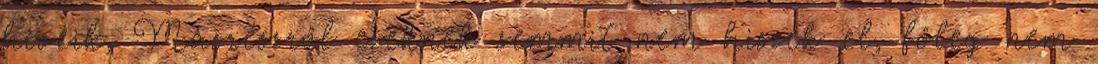
híveik. Másrészről ezeknek semmit nem hiszek el, főleg nem